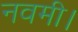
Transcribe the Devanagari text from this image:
नवमी।